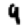
Digit: 4